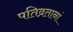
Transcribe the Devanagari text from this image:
पतिव्रतानां